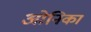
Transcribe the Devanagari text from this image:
ओनिका